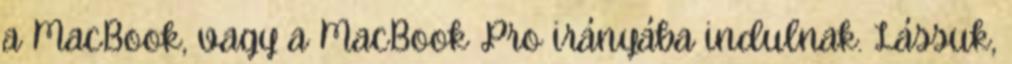
a MacBook, vagy a MacBook Pro irányába indulnak. Lássuk,